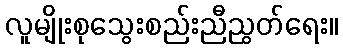
လူမျိုးစုသွေးစည်းညီညွတ်ရေး။